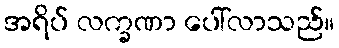
အရိပ် လက္ခဏာ ပေါ်လာသည်။